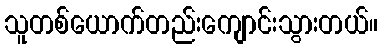
သူတစ်ယောက်တည်းကျောင်းသွားတယ်။